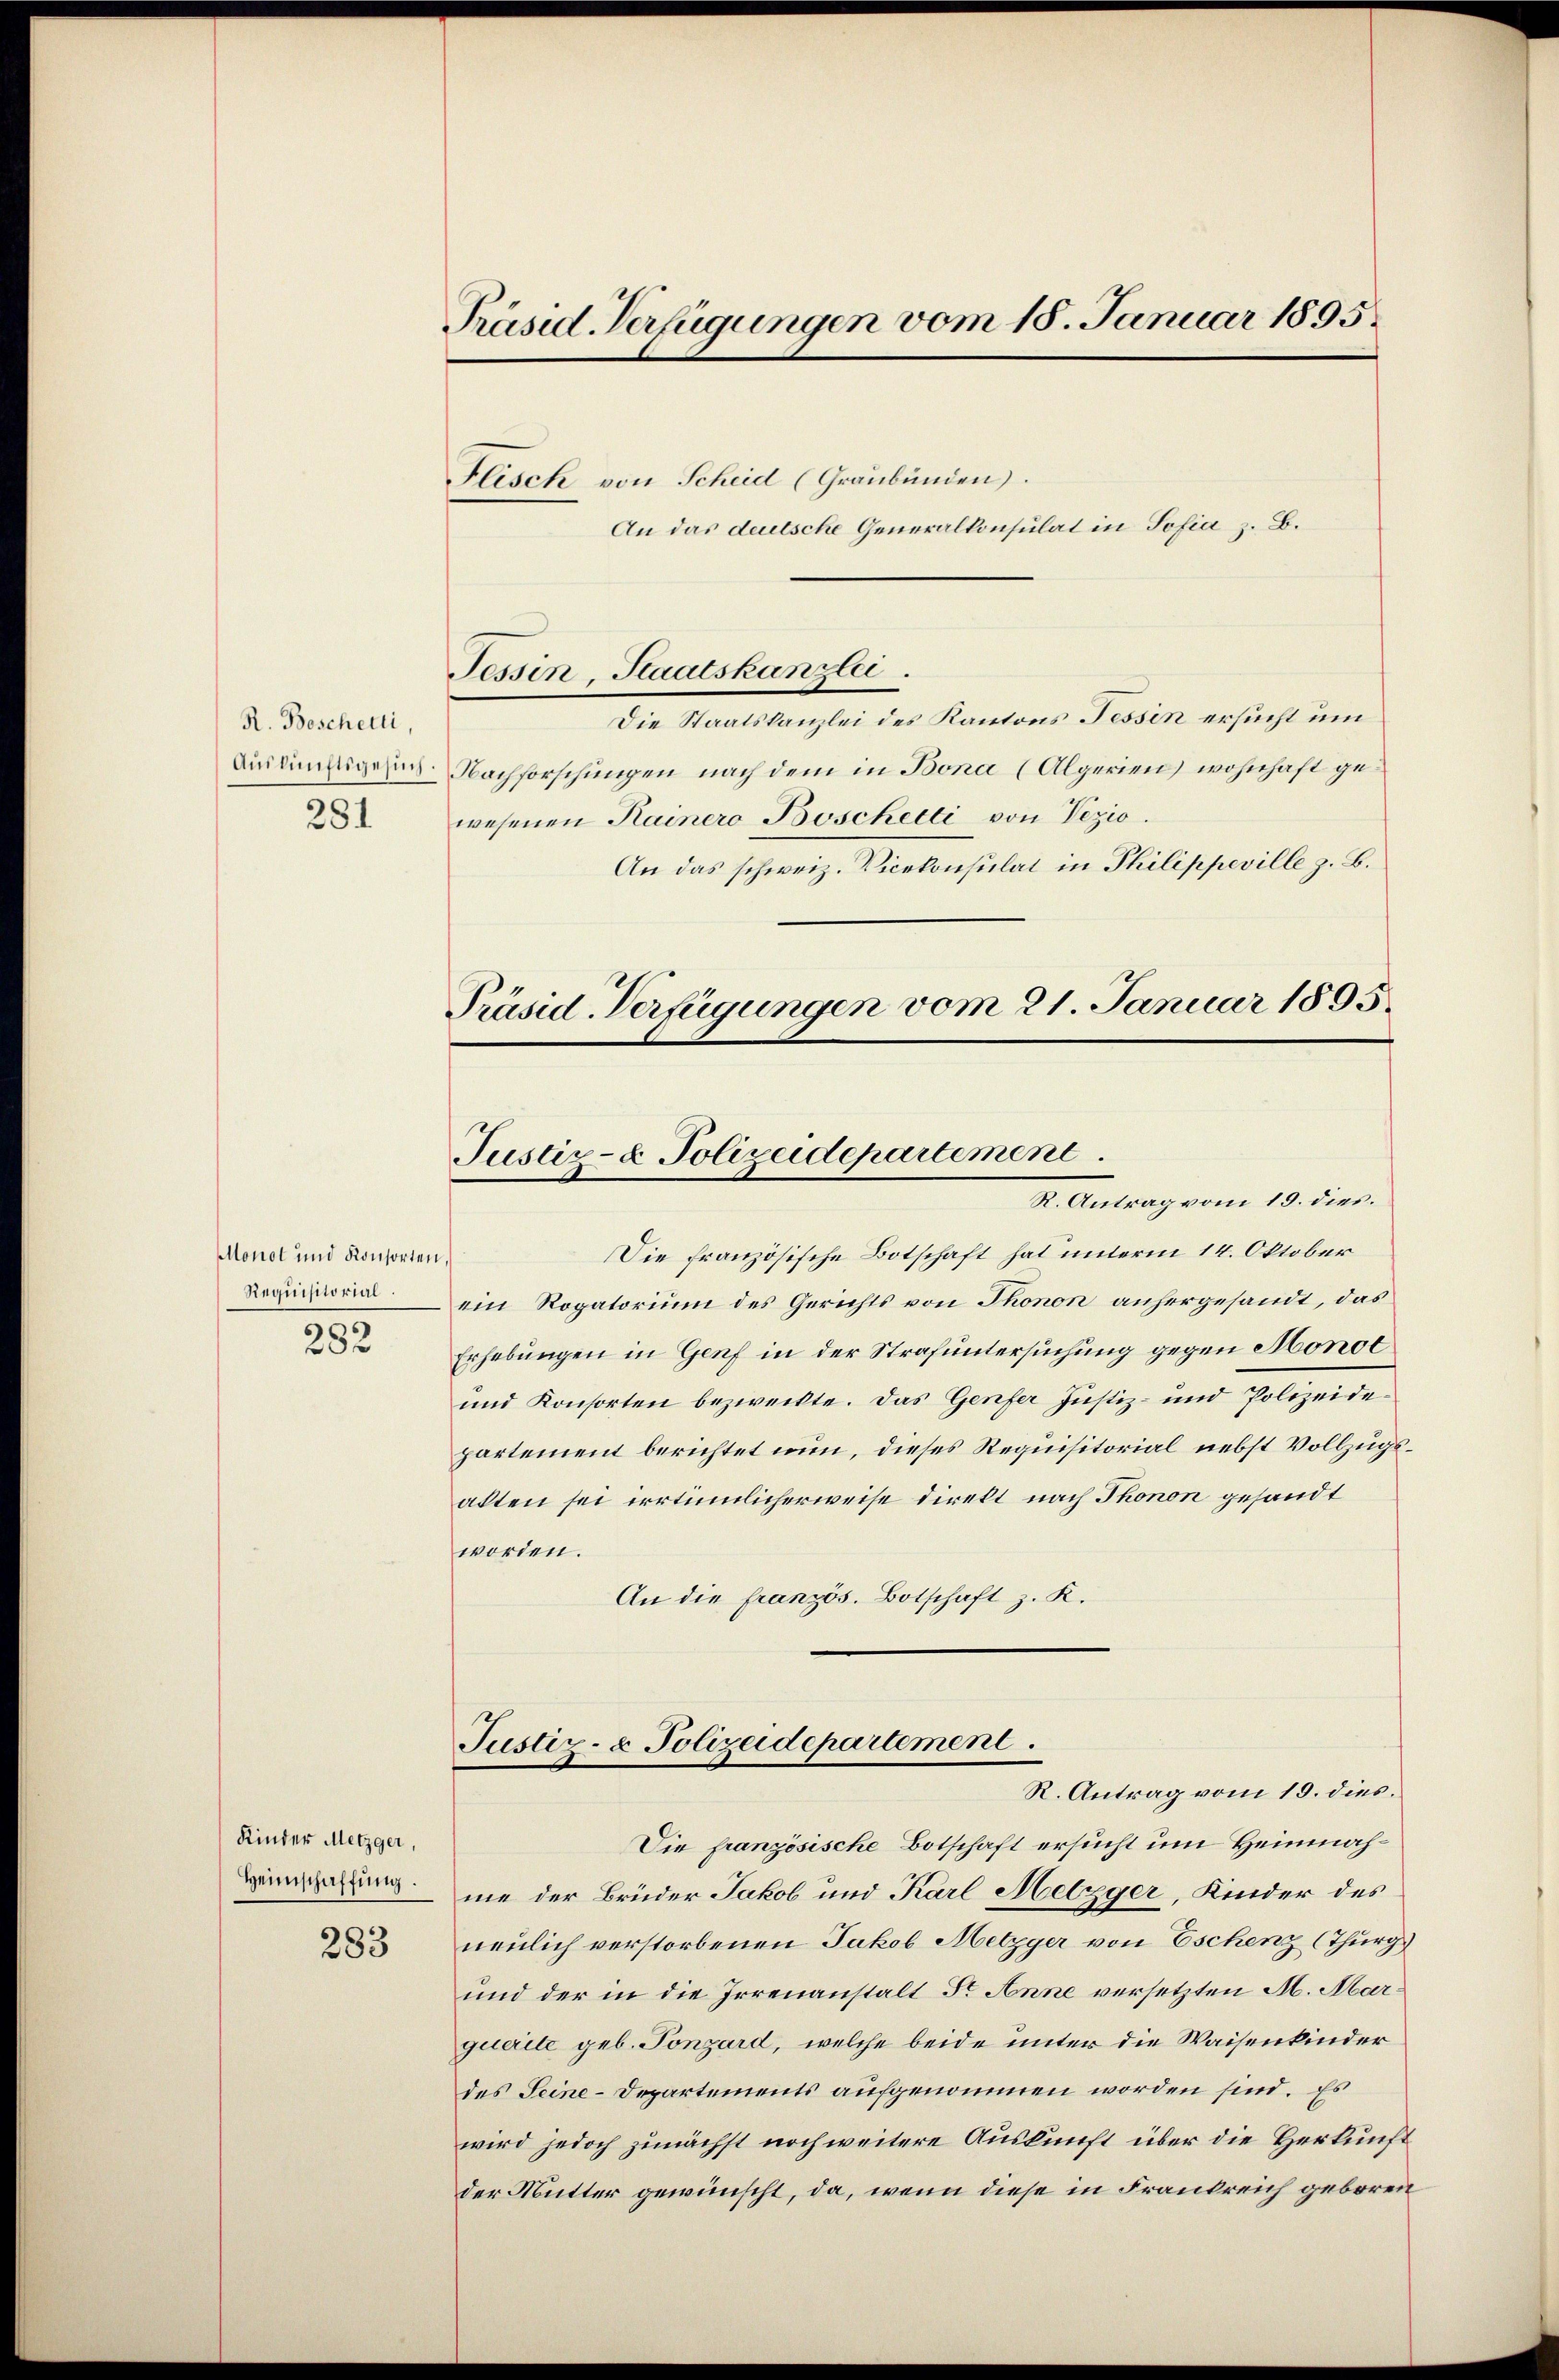
R. Boschetti,
281

Monot und Konsorten,
Requisitorial.

282

Kinder Metzger,
Heimschaffŭng.

283

Präsid. Verfügungen vom 18. Januar 1895.

Flisch von Scheid (Graubünden).
An das deutsche Generalkonsulat in Sofia z. B.
Die Staatskanzlei des Kantons Tessin ersucht um
Aslinigen Nachforschungen nach dem in Bona (Algerien) wohnhaft gewesenen Rainero Boschetti von Vezio.
An das schweiz. Vicekonsulat in Philippeville z. B.

Tessin, Staatskanzlei.

Präsid-Verfügungen vom 21. Januar 1895.
Justiz- & Polizeidepartement
R. Antrag vom 19. dies

Die französische Botschaft hat unterm 14. Oktober
ein Rogatorium des Gerichts von Thonon anhergesandt, das
Erhebungen in Genf in der Strafuntersuchung gegen Monol
und Konsorten bezweckte. Das Genfer Justiz- und Polizeidepartement berichtet nun, dieses Requisitorial nebst Vollzugsakten sei irrtümlicherweise direkt nach Thonon gesandt
worden.
An die französ. Botschaft z. K.
Justiz- & Polizeidepartement.
R. Antrag vom 19. dies
Die französische Botschaft ersucht um Heinnahme der Brüder Jakob und Karl Metzger, Kinder des
neulich verstorbenen Jakob Metzger von Eschenz (Thurg
und der in die Irrenanstalt Fr. Anne versetzten M. Marquerite geb. Tonzard, welche beide unter die Waisenkinder
des Seine-Departements aufgenommen worden sind. Es
wird jedoch zunächst noch weitere Auskunft über die Herkunft
der Mutter gewünscht, da, wenn diese in Frankreich geboren